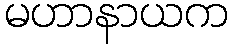
မဟာနာယက